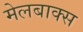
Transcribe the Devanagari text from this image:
मेलबाक्स